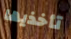
تأخذيها